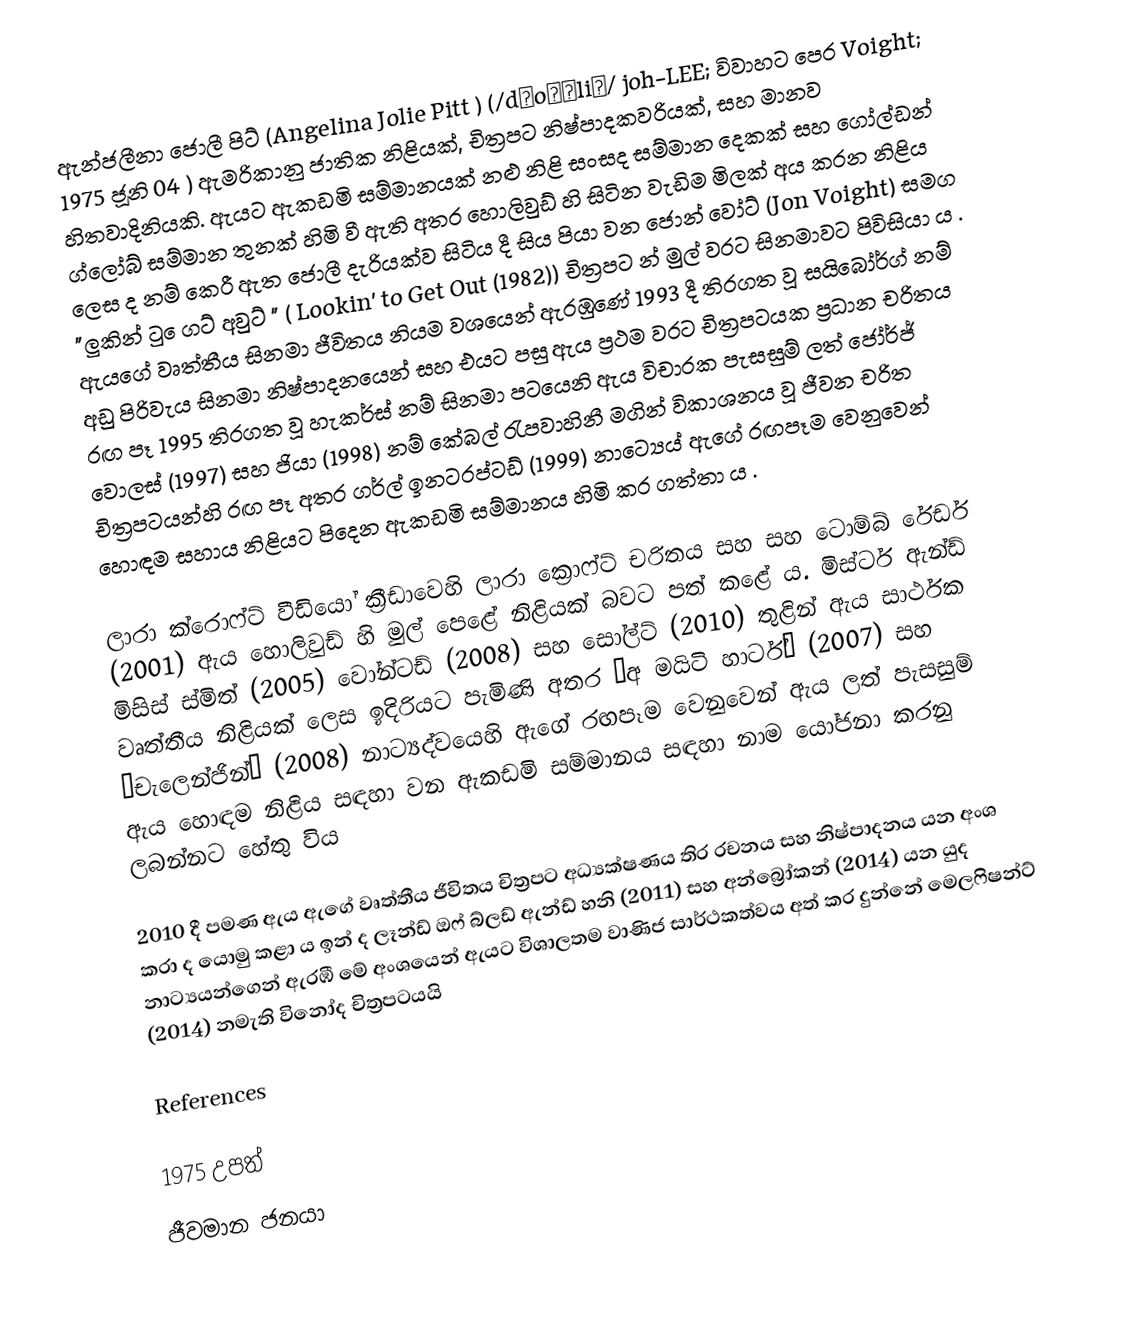
ඇන්ජලීනා ජොලී පිට් (Angelina Jolie Pitt ) (/dʒoʊˈliː/ joh-LEE; විවාහට පෙර Voight; 1975 ජූනි 04 ) ඇමරිකානු ජාතික නිළියක්, චිත්‍රපට නිෂ්පාදකවරියක්, සහ මානව හිතවාදිනියකි.  ඇයට ඇකඩමි සම්මානයක් නළු නිළි සංසද සම්මාන දෙකක් සහ ගෝල්ඩන් ග්ලෝබ් සම්මාන තුනක් හිමි වී ඇති අතර හොලිවුඩ් හි සිටින වැඩිම මිලක් අය කරන නිළිය ලෙස ද නම් කෙරී ඇත ජොලී දැරියක්ව සිටිය දී සිය පියා වන ජොන් වෝට් (Jon Voight) සමග "ලුකින් ටු  ෙගට් අවුට් " ( Lookin' to Get Out (1982)) චිත්‍රපට න්  මුල් වරට සිනමාවට පිවිසියා ය . ඇයගේ  වෘත්තීය සිනමා ජීවිතය නියම වශයෙන් ඇරඹුණේ 1993 දී තිරගත වූ සයිබෝර්ග් නම් අඩු පිරිවැය සිනමා නිෂ්පාදනයෙන් සහ එයට පසු ඇය ප්‍රථම වරට චිත්‍රපටයක ප්‍රධාන චරිතය රඟ පෑ 1995 තිරගත වූ හැකර්ස් නම් සිනමා පටයෙනි   ඇය විචාරක පැසසුම් ලත් ජෝර්ජ් වොලස්  (1997)  සහ ජියා (1998) නම් කේබල් රැපවාහිනී මගින් විකාශනය වූ ජීවන චරිත චිත්‍රපටයන්හි රඟ පෑ අතර ගර්ල් ඉනටරප්ටඩ් (1999) නාට්‍යෙය් ඇගේ රඟපෑම වෙනුවෙන් හො﻿﻿ඳම සහාය නිළියට පිදෙන ඇකඩමි සම්මානය හිමි කර ගත්තා ය .

ලාරා ක්රොෆ්ට් වීඩියෝ ක්‍රීඩාවෙහි ලාරා ක්‍රොෆ්ට් චරිතය සහ සහ ටොම්බ් රේඩර් (2001) ඇය හොලිවුඩ් හි මුල් පෙළේ නිළියක් බවට පත් කළේ ය. මිස්ටර් ඇන්ඩ් මිසිස් ස්මිත් (2005) වෝන්ටඩ් (2008) සහ සෝල්ට් (2010) තුළින් ඇය සාර්ථක වෘත්තීය නිළියක් ලෙස ඉදිරියට පැමිණි අතර “අ මයිටි හාර්ට්“ (2007) සහ “චැලෙන්ජින්“ (2008) නාට්‍යද්වයෙහි ඇගේ රඟපෑම වෙනුවෙන් ඇය ලත් පැසසුම් ඇය  හොඳම නිළිය සඳහා වන ඇකඩමි සම්මානය සඳහා  නාම යෝජනා කරනු ලබන්නට හේතු විය

2010 දී පමණ ඇය ඇගේ වෘත්තීය ජීවිතය චිත්‍රපට අධ්‍යක්ෂණය තිර රචනය සහ නිෂ්පාදනය යන අංශ කරා ද යොමු කළා ය ඉන් ද ලෑන්ඩ් ඔෆ් බ්ලඩ් ඇන්ඩ් හනි (2011) සහ අන්බ්‍රෝකන් (2014) යන යුද නාට්‍යයන්ගෙන් ඇරඹී මේ අංශයෙන් ඇයට විශාලතම වාණිජ සාර්ථකත්වය අත් කර දුන්නේ මෙලෆිෂන්ට් (2014) නමැති විනෝද චිත්‍රපටයයි

References

1975 උපත්
ජීවමාන ජනයා